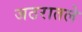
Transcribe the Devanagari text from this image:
जठरातले